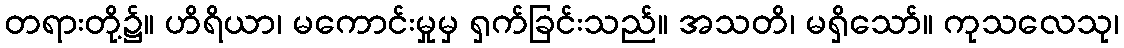
တရားတို့၌။ ဟိရိယာ၊ မကောင်းမှုမှ ရှက်ခြင်းသည်။ အသတိ၊ မရှိသော်။ ကုသလေသု၊